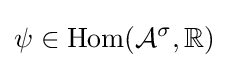
\psi \in \operatorname {Hom} ({\mathcal {A}}^{\sigma },\mathbb {R} )